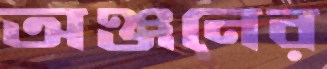
অঞ্জনের